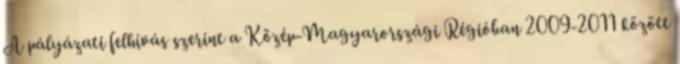
A pályázati felhívás szerint a Közép-Magyarországi Régióban 2009-2011 között